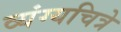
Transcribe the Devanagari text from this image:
व्यंग्यचित्रे